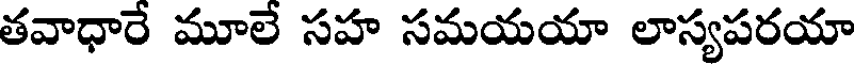
తవాధారే మూలే సహ సమయయా లాస్యపరయా